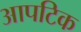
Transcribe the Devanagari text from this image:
आपटिक